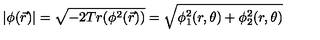
| \phi ( \vec { r } ) | = \sqrt { - 2 T r ( \phi ^ { 2 } ( \vec { r } ) ) } = \sqrt { \phi _ { 1 } ^ { 2 } ( r , \theta ) + \phi _ { 2 } ^ { 2 } ( r , \theta ) }